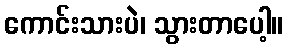
ကောင်းသားပဲ၊ သွားတာပေါ့။